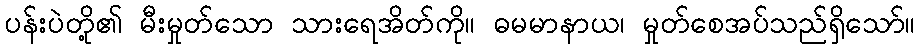
ပန်းပဲတို့၏ မီးမှုတ်သော သားရေအိတ်ကို။ ဓမမာနာယ၊ မှုတ်စေအပ်သည်ရှိသော်။